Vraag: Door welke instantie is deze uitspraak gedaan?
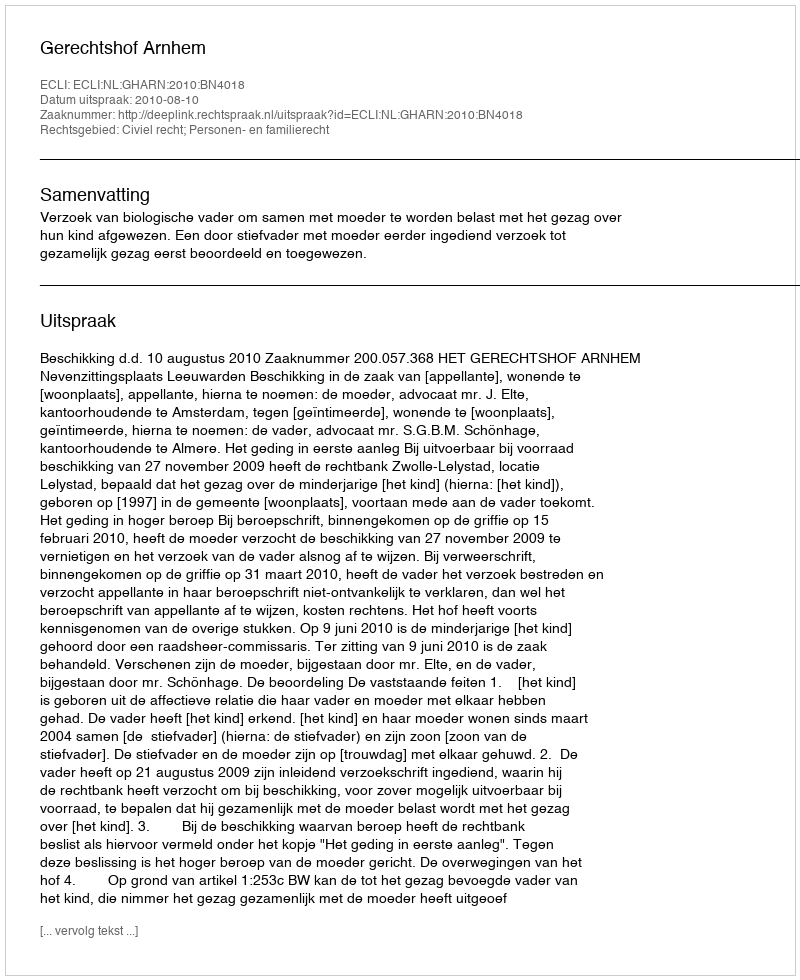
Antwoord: Gerechtshof Arnhem